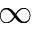
\infty